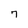
Character: 7